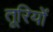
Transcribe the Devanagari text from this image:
तूरियों